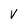
Character: V